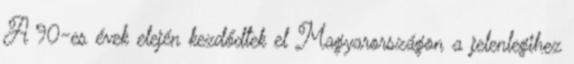
A ’90-es évek elején kezdődtek el Magyarországon a jelenlegihez